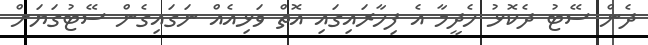
ދެން ސޭޓު ދެކޮޅު ހެދީމާ އެ ފިހާރައިގައި އޮތް ވަޅިއެއް ނަގައިގެން ސޭޓުގަޔަށް